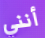
أنني